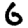
Digit: 6